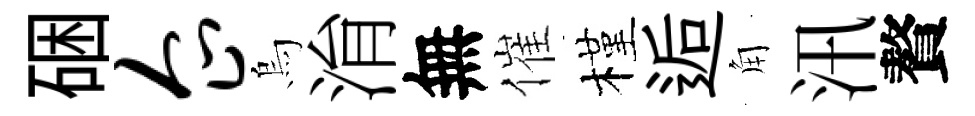
硱企烏㳙無催槿逅角汛贅